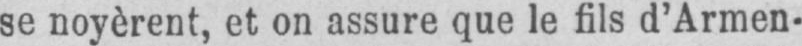
se noyèrent, et on assure que le fils d’Armen-